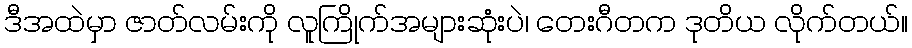
ဒီအထဲမှာ ဇာတ်လမ်းကို လူကြိုက်အများဆုံးပဲ၊ တေးဂီတက ဒုတိယ လိုက်တယ်။